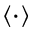
\langle \cdot \rangle